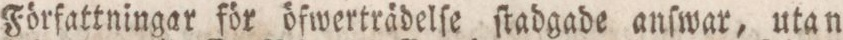
Författningar för öfwerträdelſe ſtadgade anſwar, utan